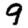
Digit: 9